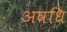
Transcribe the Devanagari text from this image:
अवधि